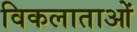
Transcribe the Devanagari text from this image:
विकलाताओं